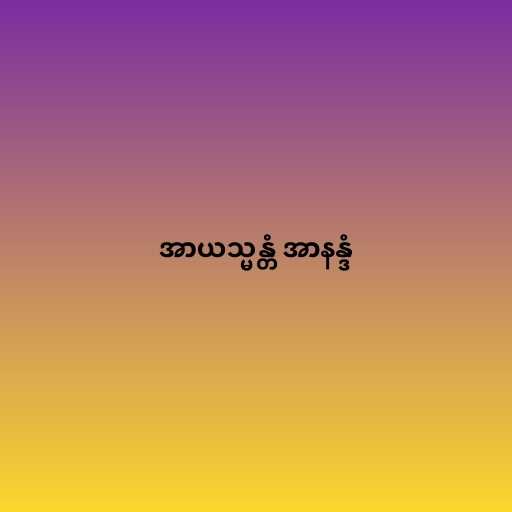
အာယသ္မန္တံ အာနန္ဒံ